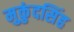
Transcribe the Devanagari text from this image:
मुकुंदसिंह